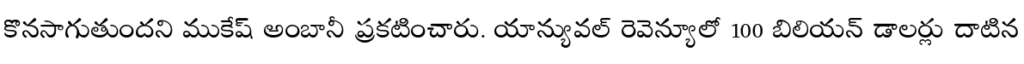
కొనసాగుతుందని ముకేష్ అంబానీ ప్రకటించారు. యాన్యువల్ రెవెన్యూలో 100 బిలియన్ డాలర్లు దాటిన